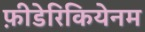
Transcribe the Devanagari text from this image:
फ़ीडेरिकियेनम